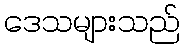
ဒေသများသည်